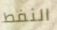
النفط